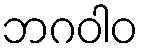
ဘဂဝါဝ